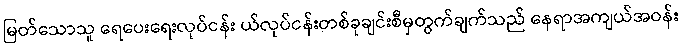
မြတ်သောသူ ရေပေးရေးလုပ်ငန်း ယ်လုပ်ငန်းတစ်ခုချင်းစီမှတွက်ချက်သည် နေရာအကျယ်အဝန်း